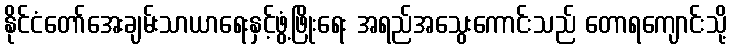
နိုင်ငံတော်အေးချမ်းသာယာရေးနှင့်ဖွံ့ဖြိုးရေး အရည်အသွေးကောင်းသည် တောရကျောင်းသို့